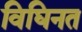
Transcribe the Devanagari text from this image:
विघिनत